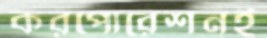
করপোরেশনই